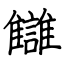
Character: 讎